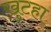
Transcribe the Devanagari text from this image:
खुटहा